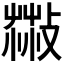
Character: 𦷻